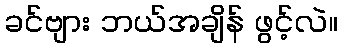
ခင်ဗျား ဘယ်အချိန် ဖွင့်လဲ။